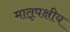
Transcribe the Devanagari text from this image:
मातृपक्षीय